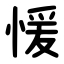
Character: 愋